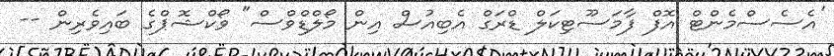
'އެސެސްމެންޓް އޮފް ފާމަސޫޓިކަލް ޑްރަގް އެބިއުސް އިން މޯލްޑިްވްސް" ވޯކްޝޮޕްގެ ބައިވެރިން --